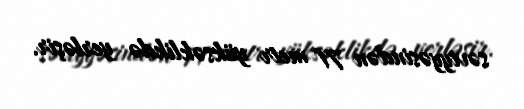
səviyyəsindən 71 metr yüksəklikdə yerləşir.